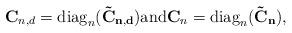
LaTeX: \begin{align*} \bold{C}_{n,d} = {\rm diag}_n (\bold{\tilde{C}_{n,d}}) \mbox{and} \bold{C}_{n} = {\rm diag}_n (\bold{\tilde{C}_{n}}), \end{align*}